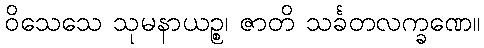
ဝိသေသေ သုမနာယဉ္စ၊ ဇာတိ သင်္ခတလက္ခဏေ။